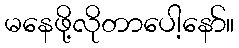
မနေဖို့လိုတာပေါ့နော်။